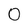
Character: 0